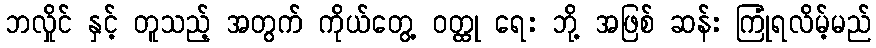
ဘလှိုင် နှင့် တူသည့် အတွက် ကိုယ်တွေ့ ဝတ္ထု ရေး ဘို့ အဖြစ် ဆန်း ကြုံရလိမ့်မည်